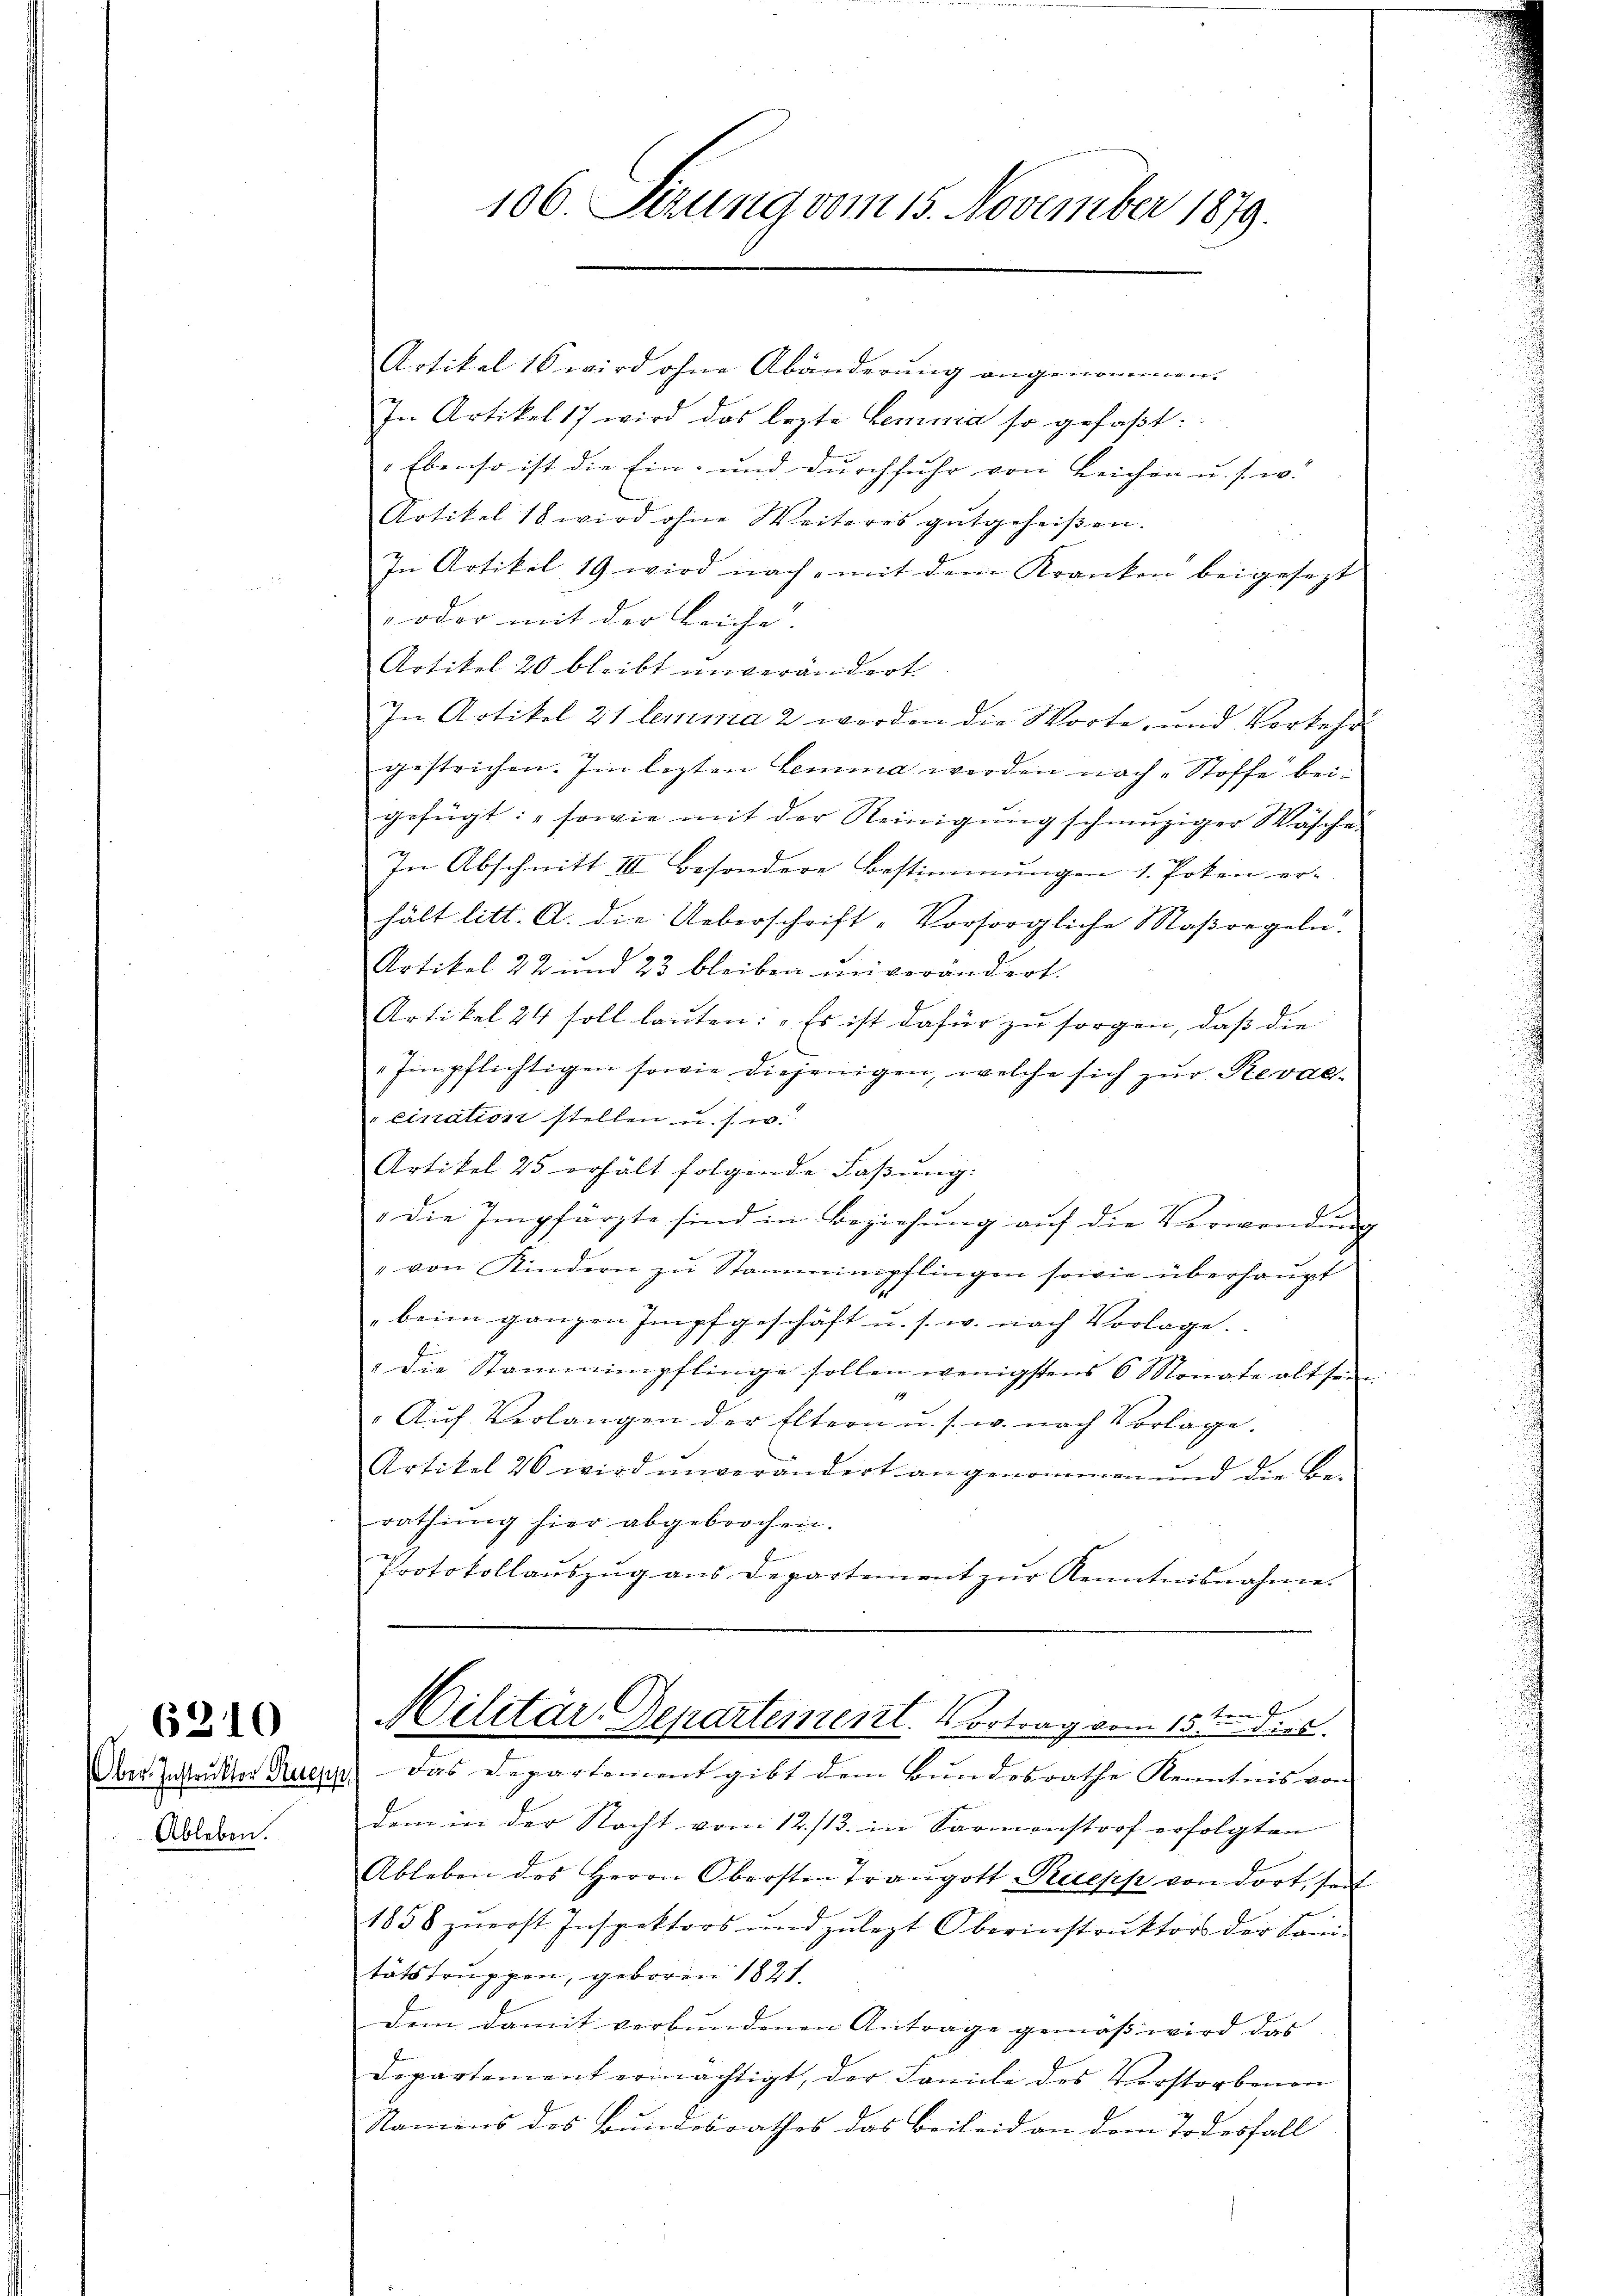
Ober-Instruktor Ruepp
Ableben.

6310

Artikel 16 wird ohne Abänderung angenommen.
In Artikel 17 wird das lezte Lemma so gefaßt:
" Ebenso ist die Ein- und durchfuhr von Leichen u. s. w.
Notikel 18 wird ohne Weiteres gutgeheiβen.
In Artikel 19 wird nach, mit dem Kranken beigesezt
" oder mit der Leiche. |
Artikel 20 bleibt unverändert.
In Artikel 21 lemma 2 werden die Worte, und Verkehr
gestrichen. Im lezten Lemma werden nach Stoffe beigefügt: "sowie mit der Reinigung schmutziger Wäsche
In Abschnitt III besondere Bestimmungen 1. Poten er- |
hält litt. A. die Ueberschrift-Vorsorgliche Maßregeln.
Artikel 22 und 23 bleiben unverändert.
Artikel 24 soll lauten: „Es ist dafür zu sorgen, daß die
Impflichtigen sowie diejenigen, welche sich zur Reval-
cination stellen u. s. w.
Artikel 25 erhält folgende Faβŭng:
die Impfärzte sind in Beziehung auf die Verwendung
" von Kindern zu Stammimpflingen sowie überhaupt
beim ganzen Impfgeschäft u. s. w. nach Vorlage.
" die Stanaimpflinge sollen wenigstens 6 Monate alt sei
18
" Aŭf Verlangen der Eltern u. s. w. nach Vorlage.
Artikel 20 wird unverändert angenommen und die Be-
rathung hier abgebrochen.
Protokollaŭszŭg ans Departement zŭr Kenntnisnahme.
f
Militar Departement. Vortrag vom 15ten dies
das Departement gibt dem Bundesrathe Kenntnis von |
dem in der Nacht vom 12./13. in Sarmonstorf erfolgten
Ableben des Herrn Obersten Trangott Praepp von dort, soit
1858 zŭerst Inspektors und zulezt Oberinstrŭktors der Sam
tätstruppen, geboren 1827.
dem damit verbundenen Antrage gemäß wird das
Departement ermächtigt, der Famile des Vorstorbenen
Namens des Bundesrathes das Beileid an dem Todesfall

106. Sezung vom 15. November 1879.